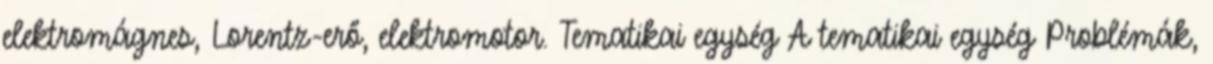
elektromágnes, Lorentz-erő, elektromotor. Tematikai egység A tematikai egység Problémák,